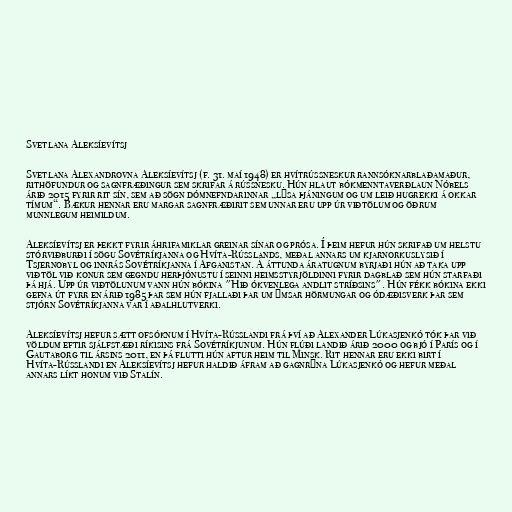
Svetlana Aleksíevítsj

Svetlana Alexandrovna Aleksíevítsj (f. 31. maí 1948) er hvítrússneskur rannsóknarblaðamaður,
rithöfundur og sagnfræðingur sem skrifar á rússnesku. Hún hlaut bókmenntaverðlaun Nóbels
árið 2015 fyrir rit sín, sem að sögn dómnefndarinnar „lýsa þján­ing­um og um leið hug­rekki á okk­ar
tím­um“. Bækur hennar eru margar sagnfræðirit sem unnar eru upp úr viðtölum og öðrum
munnlegum heimildum.

Aleksíevítsj er þekkt fyrir áhrifamiklar greinar sínar og prósa. Í þeim hefur hún skrifað um helstu
stórviðburði í sögu Sovétríkjanna og Hvíta-Rússlands, meðal annars um kjarnorkuslysið í
Tsjernobyl og innrás Sovétríkjanna í Afganistan. Á áttunda áratugnum byrjaði hún að taka upp
viðtöl við konur sem gegndu herþjónustu í seinni heimsstyrjöldinni fyrir dagblað sem hún starfaði
þá hjá. Upp úr viðtölunum vann hún bókina "Hið ókvenlega andlit stríðsins". Hún fékk bókina ekki
gefna út fyrr en árið 1985 þar sem hún fjallaði þar um ýmsar hörmungar og ódæðisverk þar sem
stjórn Sovétríkjanna var í aðalhlutverki.

Aleksíevítsj hefur sætt ofsóknum í Hvíta-Rússlandi frá því að Alexander Lúkasjenkó tók þar við
völdum eftir sjálfstæði ríkisins frá Sovétríkjunum. Hún flúði landið árið 2000 og bjó í París og í
Gautaborg til ársins 2011, en þá flutti hún aftur heim til Minsk. Rit hennar eru ekki birt í
Hvíta-Rússlandi en Aleksíevítsj hefur haldið áfram að gagnrýna Lúkasjenkó og hefur meðal
annars líkt honum við Stalín.